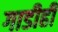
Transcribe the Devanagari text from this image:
गाडीही